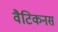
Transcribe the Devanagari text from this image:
वैटिकनस